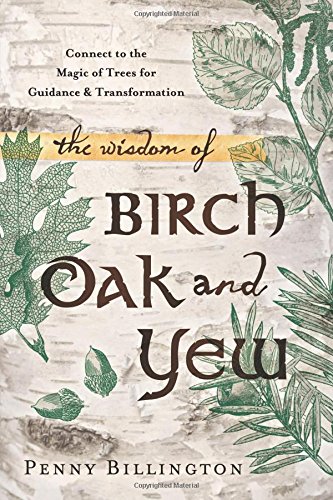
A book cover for The Wisdom of Birch, Oak, and Yew: Connect to the Magic of Trees for Guidance & Transformation; Penny Billington; Religion & Spirituality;